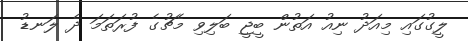
ލީގުގައި މިއަދު ނިއު އަތުން ބީޖީ ބަލިވި މެޗުގެ ފުރަތަމަ ދެ ލަނޑު